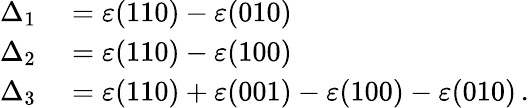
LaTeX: \begin{array}{rl}{\Delta_{1}}&{{}=\varepsilon(110)-\varepsilon(010)}\\ {\Delta_{2}}&{{}=\varepsilon(110)-\varepsilon(100)}\\ {\Delta_{3}}&{{}=\varepsilon(110)+\varepsilon(001)-\varepsilon(100)-\varepsilon(010)\, .}\end{array}